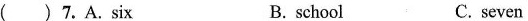
( )7.A.Six B. school C. seven